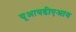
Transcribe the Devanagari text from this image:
यूआयडीएआय